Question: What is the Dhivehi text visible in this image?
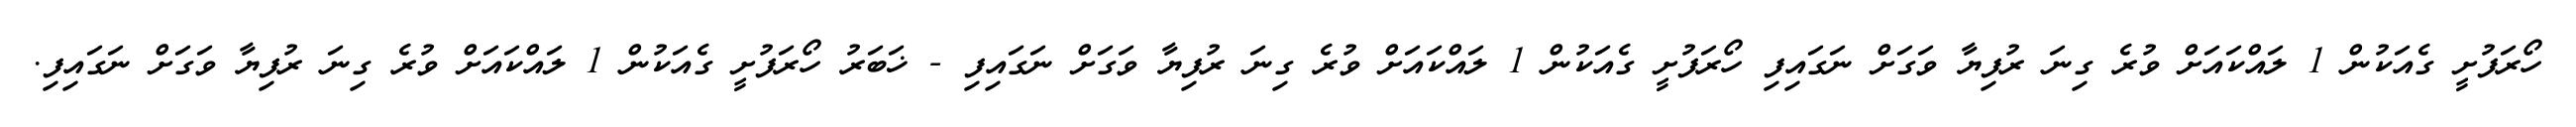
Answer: ހޯރަފުށީ ގެއަކުން 1 ލައްކައަށް ވުރެ ގިނަ ރުފިޔާ ވަގަށް ނަގައިފި ހޯރަފުށީ ގެއަކުން 1 ލައްކައަށް ވުރެ ގިނަ ރުފިޔާ ވަގަށް ނަގައިފި - ޚަބަރު ހޯރަފުށީ ގެއަކުން 1 ލައްކައަށް ވުރެ ގިނަ ރުފިޔާ ވަގަށް ނަގައިފި.